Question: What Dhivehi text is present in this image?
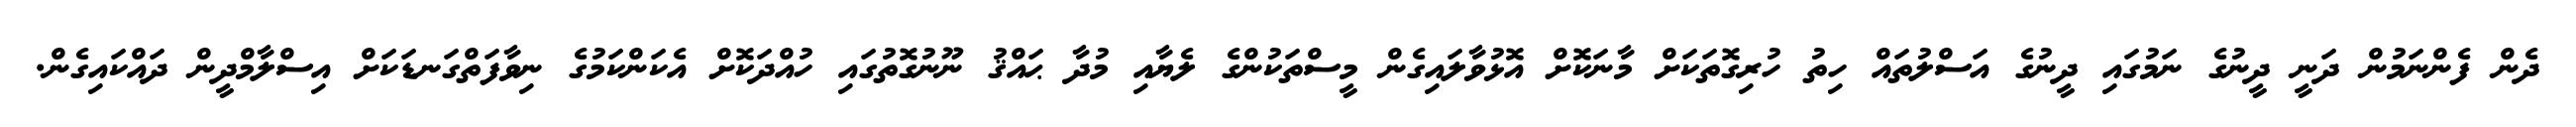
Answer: ދެން ފެންނަމުން ދަނީ ދީނުގެ ނަމުގައި ދީނުގެ އަސްލުތައް ހިތު ހުރިގޮތަކަށް މާނަކޮށް އޮޅުވާލައިގެން މީސްތަކުންގެ ލެޔާއި މުދާ ޙައްޤު ނޫނުގޮތުގައި ހުއްދަކޮށް އެކަންކަމުގެ ނިވާފަތްގަނޑަކަށް އިސްލާމްދީން ދައްކައިގެން.